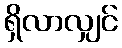
ရှိလာလျှင်